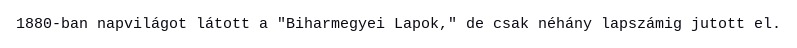
1880-ban napvilágot látott a "Biharmegyei Lapok," de csak néhány lapszámig jutott el.